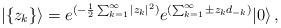
LaTeX: \begin{align*}|\{ z_k\}\rangle = e^{(-\frac{1}{2}\sum_{k=1}^{\infty}|z_k|^2)} e^{(\sum_{k=1}^{\infty}\pm z_kd_{-k})} |0\rangle\, ,\end{align*}